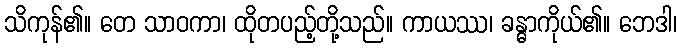
သိကုန်၏။ တေ သာဝကာ၊ ထိုတပည့်တို့သည်။ ကာယဿ၊ ခန္ဓာကိုယ်၏။ ဘေဒါ၊